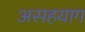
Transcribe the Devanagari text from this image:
असहयाग